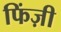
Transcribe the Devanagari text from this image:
फिंज़ी